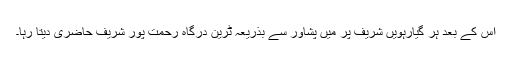
اس کے بعد ہر گیارہویں شریف پر میں پشاور سے بذریعہ ٹرین درگاہ رحمت پور شریف حاضری دیتا رہا۔